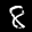
Label: 8